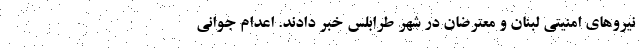
نیروهای امنیتی لبنان و معترضان در شهر طرابلس خبر دادند. اعدام جوانی